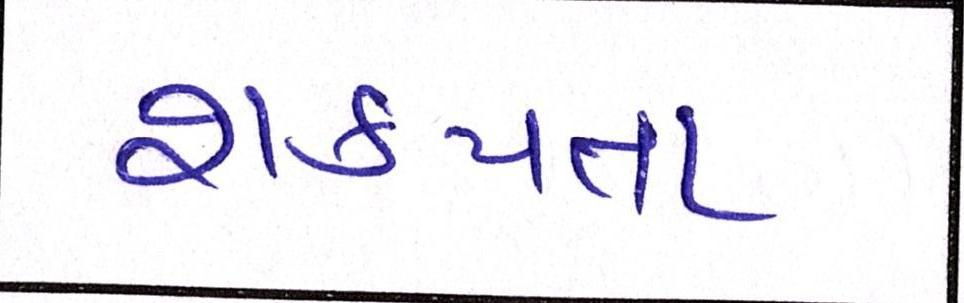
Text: શકયતા